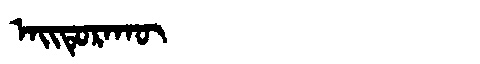
Manchu: ᠠᡳᡨᡠᡵᠠᡴᡡ
Romanization: AITURAKŪ